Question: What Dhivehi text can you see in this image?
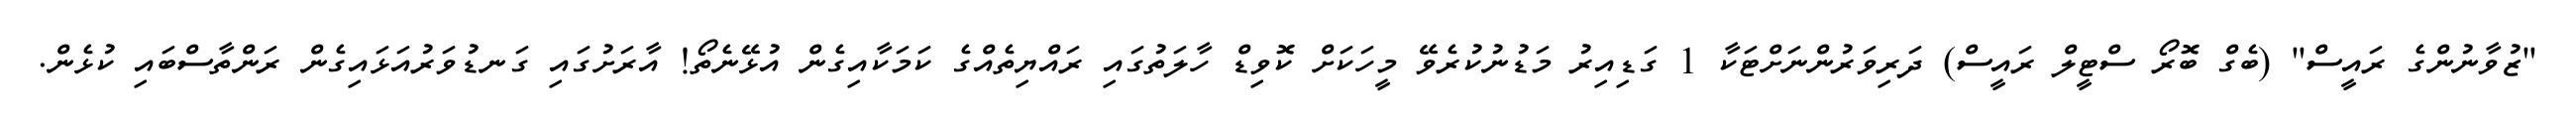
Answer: "ޒުވާނުންގެ ރައީސް" (ބެގް ބޮރޯ ސްޓީލް ރައީސް) ދަރިވަރުންނަށްޓަކާ 1 ގަޑިއިރު މަޑުނުކުރެވޭ މީހަކަށް ކޮވިޑް ހާލަތުގައި ރައްޔިތެއްގެ ކަމަކާއިގެން އުޅޭނެތޯ! އާރަށުގައި ގަނޑުވަރުއަޅައިގެން ރަންތާސްބައި ކުޅެން.